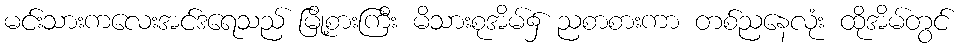
မင်းသားကလေးအင်ဒရေသည် မြို့စားကြီး မိသားစုအိမ်၌ ညစာစားကာ တစ်ညနေလုံး ထိုအိမ်တွင်